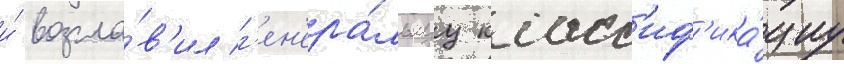
и́ возгла́в'ил г'ен'ера́льнуу класс'иф'ика́циу